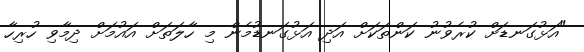
"އަޅުގަނޑަށް ކުރެވުނު ކަންތަކަށް އަދި އަޅުގަނޑުމެން މި ހާލަތަށް އައުމަށް ދިމާވި ހުރިހާ